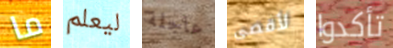
ما ليعلم عاجلة لأقصى تأكدوا